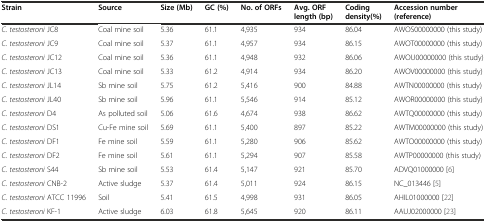
| Strain | Source | Size (Mb) | GC (%) | No. of ORFs | Avg. ORF length (bp) | Coding density(%) | Accession number (reference) |
 | --- | --- | --- | --- | --- | --- | --- | --- |
 | C. testosteroni JC8 | Coal mine soil | 5.36 | 61.1 | 4,935 | 934 | 86.04 | AWOS00000000 (this study) |
 | C. testosteroni JC9 | Coal mine soil | 5.37 | 61.1 | 4,957 | 934 | 86.15 | AWOT00000000 (this study) |
 | C. testosteroni JC12 | Coal mine soil | 5.36 | 61.1 | 4,948 | 932 | 86.06 | AWOU00000000 (this study) |
 | C. testosteroni JC13 | Coal mine soil | 5.33 | 61.2 | 4,914 | 934 | 86.20 | AWOV00000000 (this study) |
 | C. testosteroni JL14 | Sb mine soil | 5.75 | 61.2 | 5,416 | 900 | 84.88 | AWTN00000000 (this study) |
 | C. testosteroni JL40 | Sb mine soil | 5.96 | 61.1 | 5,546 | 914 | 85.12 | AWOR00000000 (this study) |
 | C. testosteroni D4 | As polluted soil | 5.06 | 61.6 | 4,674 | 938 | 86.62 | AWTQ00000000 (this study) |
 | C. testosteroni DS1 | Cu-Fe mine soil | 5.69 | 61.1 | 5,400 | 897 | 85.22 | AWTM00000000 (this study) |
 | C. testosteroni DF1 | Fe mine soil | 5.59 | 61.1 | 5,280 | 906 | 85.62 | AWTO00000000 (this study) |
 | C. testosteroni DF2 | Fe mine soil | 5.61 | 61.1 | 5,294 | 907 | 85.58 | AWTP00000000 (this study) |
 | C. testosteroni S44 | Sb mine soil | 5.53 | 61.4 | 5,147 | 921 | 85.70 | ADVQ01000000 [6] |
 | C. testosteroni CNB-2 | Active sludge | 5.37 | 61.4 | 5,011 | 924 | 86.15 | NC_013446 [5] |
 | C. testosteroni ATCC 11996 | Soil | 5.41 | 61.5 | 4,998 | 931 | 86.05 | AHIL01000000 [22] |
 | C. testosteroni KF-1 | Active sludge | 6.03 | 61.8 | 5,645 | 920 | 86.11 | AAUJ02000000 [23] |